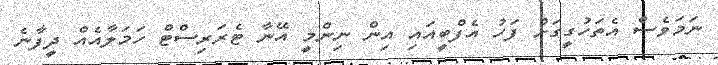
ނަމަވެސް އެތަހުގީގަށް ފަހު އެފްބީއައި އިން ނިންމީ އޭނާ ޓެރަރިސްޓް ހަމަލާއެއް ދީފާނެ